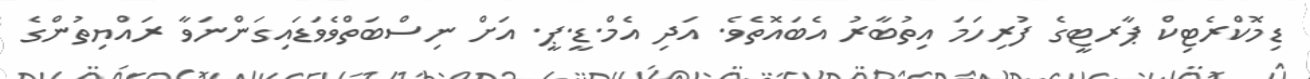
ޑިމޮކްރެޓިކް ޕާރޓީގެ ފުރިހަމަ އިތުބާރު އެބައޮތެވެ. އަދި އެމް.ޑީ.ޕީ. އަށް ނިސްބަތްވެވަޑައިގަންނަވާ ރައްޔިތުންގެ